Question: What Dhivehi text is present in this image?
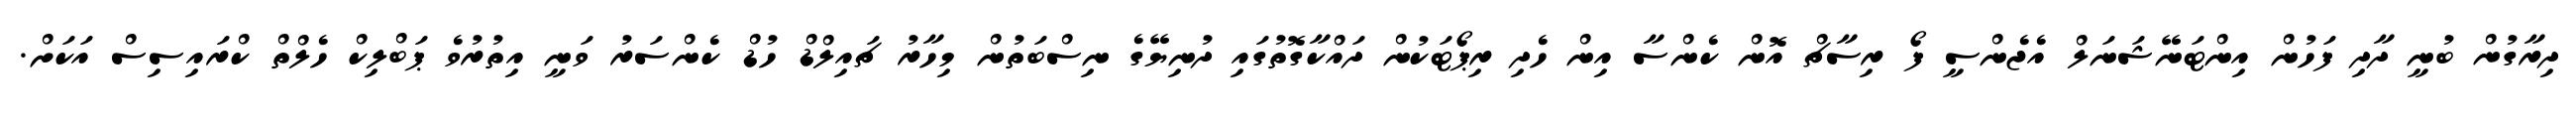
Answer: ދިރާގުން ބުނީ ދާދި ފަހުން އިންޓަނޭޝަނަލް އެޖެންސީ ފޯ ރިސާޗް އޮން ކެންސާ އިން ހެދި ރިޕޯޓަކުން ދައްކާގޮތުގައި ދުނިޔޭގެ ނިސްބަތުން މިހާރު ޗައިލްޑް ހުޑް ކެންސަރު ވަނީ އިތުރުވެ ޕަބްލިކް ހެލްތް ކްރައިސިސް އަކަށް.